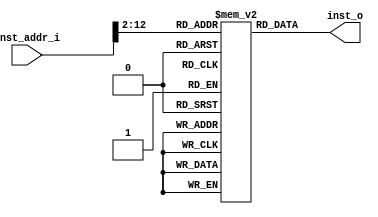
`timescale 1ns / 1ps
//////////////////////////////////////////////////////////////////////////////////
// Company: 
// Engineer: 
// 
// Design Name: 
// Module Name: rom
// Project Name: 
// Target Devices: 
// Tool Versions: 
// Description: 
// 
// Dependencies: 
// 
// Revision:
// Revision 0.01 - File Created
// Additional Comments:
// 
//////////////////////////////////////////////////////////////////////////////////


module rom(
    input [31:0] inst_addr_i,
    output reg [31:0] inst_o
    );
    
    reg [31:0] rom_mem[0:1024];
    always@(*)
    begin
        inst_o = rom_mem[inst_addr_i>>2];
    end
endmodule